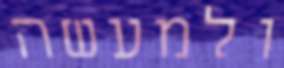
ולמעשה